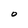
Character: 0